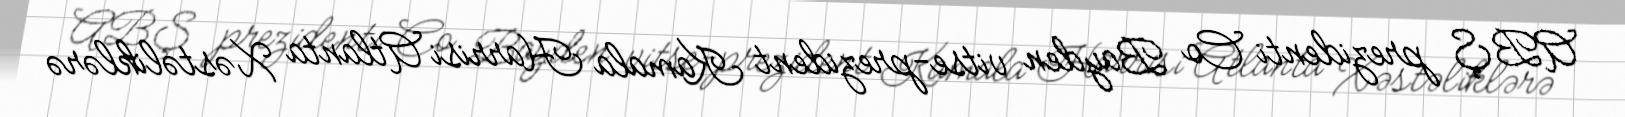
ABŞ prezidenti Co Bayden vitse-prezident Kamala Harrisi Atlanta Xəstəliklərə